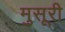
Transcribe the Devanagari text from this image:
मुसूरी